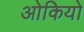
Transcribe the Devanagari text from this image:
ओकियो